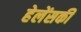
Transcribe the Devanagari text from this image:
हेलेंसकी